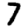
Digit: 7